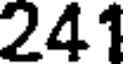
241